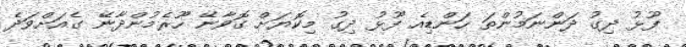
ފޫޅު ދިގު ދަންނަމުންތަ ހަންޑިއެ ފޫޅު ދިގު މިކޮޔަށް ގޮވާނޭ ހޫރެމުންދާނޭ ގެއަށްވަދެ